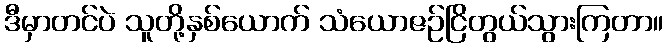
ဒီမှာတင်ပဲ သူတို့နှစ်ယောက် သံယောဇဉ်ငြိတွယ်သွားကြတာ။